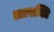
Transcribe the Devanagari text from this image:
अप्रसक्ति